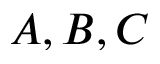
A , B , C